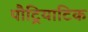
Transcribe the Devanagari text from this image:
पौट्रियाटिक